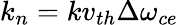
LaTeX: k_{n}=kv_{th}\Delta\omega_{ce}